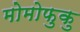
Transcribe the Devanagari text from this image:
मोमोफुकु